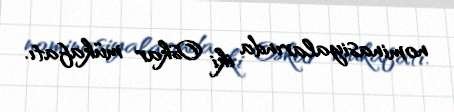
nominasiyalarında iki Oskar mükafatı.